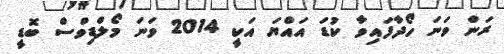
ރަން ވަނަ ހޯދާފައިވާ ކުޑަ އައްޔަ އަކީ 2014 ވަނަ މޯލްޑިވްސް ބޮޑީ